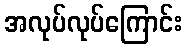
အလုပ်လုပ်ကြောင်း